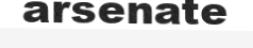
arsenate